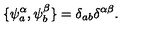
{ \{ \psi _ { a } ^ { \alpha } , \psi _ { b } ^ { \beta } \} = \delta _ { a b } \delta ^ { \alpha \beta } . }